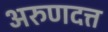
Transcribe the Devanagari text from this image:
अरुणदत्त